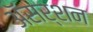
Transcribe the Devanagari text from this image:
अॅसर्शन